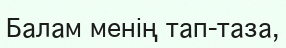
Балам менiң тап-таза,